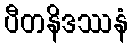
ပီတနိဒဿနံ